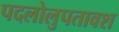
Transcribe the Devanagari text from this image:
पदलोलुपतावश